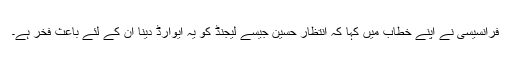
فرانسیسی نے اپنے خطاب میں کہا کہ انتظار حسین جیسے لیجنڈ کو یہ ایوارڈ دینا ان کے لئے باعثِ فخر ہے۔